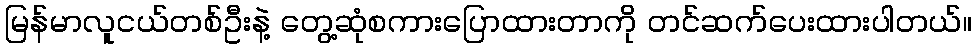
မြန်မာလူငယ်တစ်ဦးနဲ့ တွေ့ဆုံစကားပြောထားတာကို တင်ဆက်ပေးထားပါတယ်။